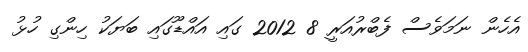
އެހެން ނަމަވެސް ފެބްރުއަރީ 8 2012 ގައި އައްޑޫގައި ބަޔަކު ހިންގި ހުޅު